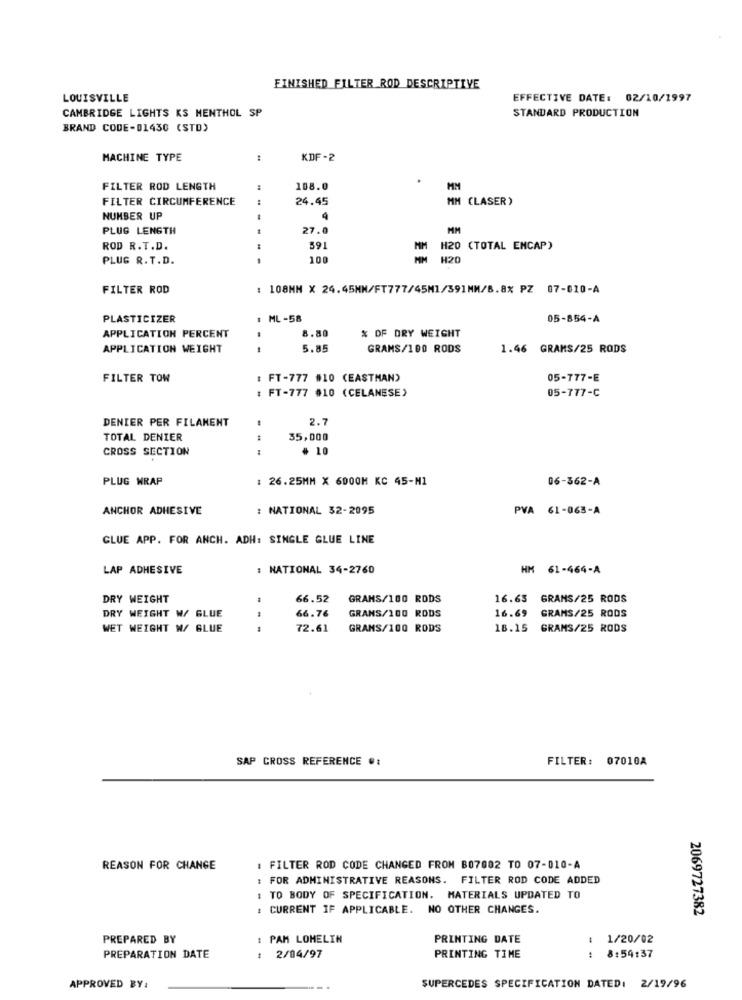
FINISHED FILTER ROD DESCRIPTIVE
LOUISVILLE
EFFECTIVE DATE: 02/10/1997
STANDARD PRODUCTION
CAMBRIDGE LIGHTS KS MENTHOL SP
BRAND CODE-01430 (STD)
MACHINE TYPE
KDF-2
FILTER ROD LENGTH
108.0
FILTER CIRCUMFERENCE
24.45
MM (LASER)
NUMBER UP
4
PLUG LENGTH
27.0
MM
ROD R.T.D.
591
H20 (TOTAL ENCAP)
PLUG R. T.D.
100
H20
FILTER ROD
108MM X 24.45MM/FT777/45M1/391MM/8.8% PZ 07-010-A
PLASTICIZER
: ML -58
05-854-A
APPLICATION PERCENT
8.80
% OF DRY WEIGHT
APPLICATION WEIGHT
5.85
GRAMS/100 RODS
1.46 GRAMS/25 RODS
FILTER TOW
: FT-777 #10 (EASTMAN)
05-777-E
: FT-777 010 (CELANESE)
05-777-C
DENIER PER FILAMENT
2.7
TOTAL DENIER
35,000
CROSS SECTION
* 10
PLUG WRAP
: 26.25MM X 6000M KC 45-M1
06-362-A
ANCHOR ADHESIVE
: NATIONAL 32-2095
PVA 61-063-A
GLUE APP. FOR ANCH. ADH: SINGLE GLUE LINE
LAP ADHESIVE
: NATIONAL 34-2760
HM 61-464-A
DRY WEIGHT
66.52
GRANS/100 RODS
16.63 GRAMS/25 RODS
66.76
DRY WEIGHT W/ GLUE
GRANS/100 RODS
16.69
GRAMS/25 RODS
WET WEIGHT W/ BLUE
72.61
GRANS/100 RODS
18.15
GRAMS/25 RODS
SAP CROSS REFERENCE #:
FILTER: 07010A
REASON FOR CHANGE
: FILTER ROD CODE CHANGED FROM B07002 TO 07-010-A
FOR ADMINISTRATIVE REASONS. FILTER ROD CODE ADDED
TO BODY OF SPECIFICATION. MATERIALS UPDATED TO
: CURRENT IF APPLICABLE. NO OTHER CHANGES.
2069727382
PREPARED BY
: PAM LOMELIN
PRINTING DATE
1/20/02
PREPARATION DATE
: 2/04/97
PRINTING TIME
8:54:37
APPROVED BY:
SUPERCEDES SPECIFICATION DATED: 2/19/96